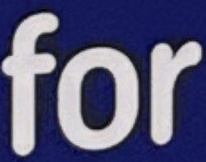
for